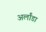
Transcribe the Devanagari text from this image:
अर्लांडा